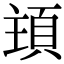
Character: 𩒊